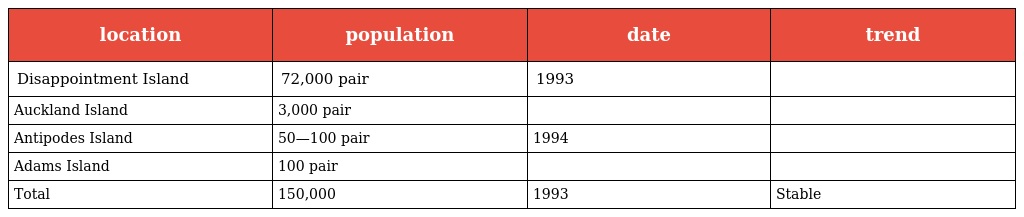
| location | population | date | trend |
 | --- | --- | --- | --- |
 | Disappointment Island | 72,000 pair | 1993 |  |
 | Auckland Island | 3,000 pair |  |  |
 | Antipodes Island | 50—100 pair | 1994 |  |
 | Adams Island | 100 pair |  |  |
 | Total | 150,000 | 1993 | Stable |